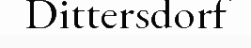
Dittersdorf